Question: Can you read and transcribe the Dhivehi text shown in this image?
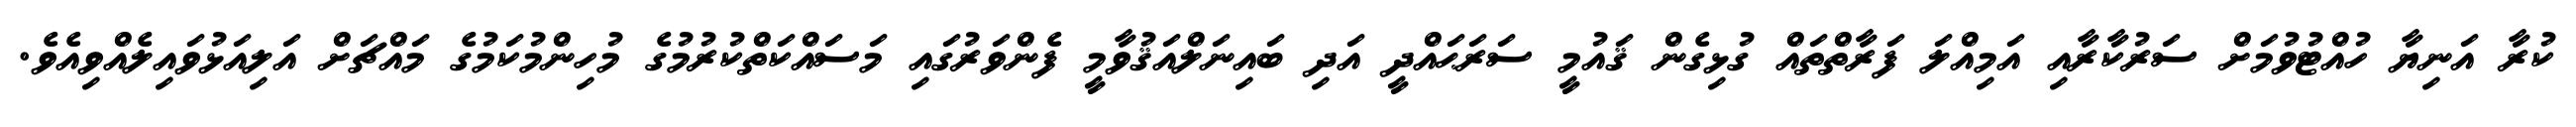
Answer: ކުރާ އަނިޔާ ހުއްޓުވުމަށް ސަރުކާރާއި އަމިއްލަ ފަރާތްތައް ގުޅިގެން ޤައުމީ ސަރަޙައްދީ އަދި ބައިނަލްއަޤުވާމީ ފެންވަރުގައި މަސައްކަތްކުރުމުގެ މުހިންމުކަމުގެ މައްޗަށް އަލިއަޅުވައިލެއްވިއެވެ.